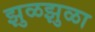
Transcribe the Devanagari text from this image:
झुळझुळा